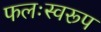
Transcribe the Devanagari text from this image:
फलःस्वरूप